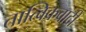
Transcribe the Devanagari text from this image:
तात्विकवादी